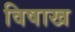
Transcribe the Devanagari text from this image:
विषाख